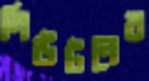
নিউটনের